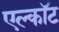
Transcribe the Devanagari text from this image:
एल्कॉट